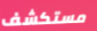
مستكشف